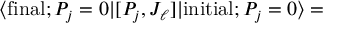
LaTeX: \langle \mathrm { f i n a l } ; P _ { j } = 0 | [ P _ { j } , J _ { \ell } ] | \mathrm { i n i t i a l } ; P _ { j } = 0 \rangle =